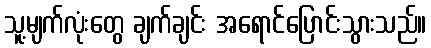
သူ့မျက်လုံးတွေ ချက်ချင်း အရောင်ပြောင်းသွားသည်။